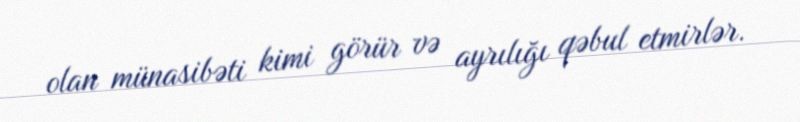
olan münasibəti kimi görür və ayrılığı qəbul etmirlər.